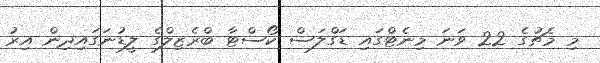
މި މެޗުގެ 22 ވަނަ މިނެޓްގައި ޑަގްލަސް ކޯސްޓާ ބްރެޒިލްގެ ލީޑުނަގައިދިން އިރު